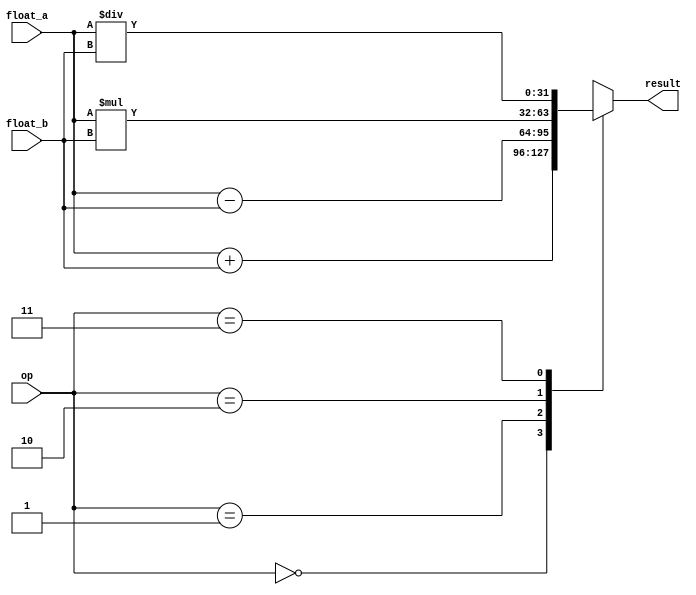
module floating_point_unit(
    input [31:0] float_a,
    input [31:0] float_b,
    input [1:0] op,
    output reg [31:0] result
);

always @(*)
begin
    case(op)
        2'b00: // Addition
            result = float_a + float_b;
        2'b01: // Subtraction
            result = float_a - float_b;
        2'b10: // Multiplication
            result = float_a * float_b;
        2'b11: // Division
            result = float_a / float_b;
    endcase
end

endmodule